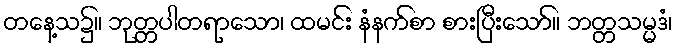
တနေ့သ၌။ ဘုတ္တပါတရာသော၊ ထမင်း နံနက်စာ စားပြီးသော်။ ဘတ္တသမ္မဒံ၊